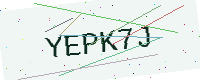
Text: YEPK7J